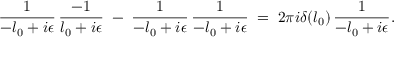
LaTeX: { \frac { 1 } { - l _ { 0 } + i \epsilon } } \, { \frac { - 1 } { l _ { 0 } + i \epsilon } } \; - \; { \frac { 1 } { - l _ { 0 } + i \epsilon } } \, { \frac { 1 } { - l _ { 0 } + i \epsilon } } \; = \; 2 \pi i \delta ( l _ { 0 } ) \, { \frac { 1 } { - l _ { 0 } + i \epsilon } } .